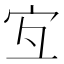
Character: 宐